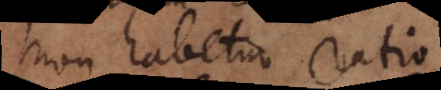
non habetur ratio.